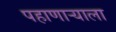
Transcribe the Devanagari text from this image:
पहाणार्‍याला